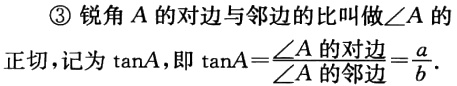
\textcircled{3} 锐角 \(A\) 的对边与邻边的比叫做\(\angle A\) 的正切，记为 \(\tan A\)，即 \(\tan A = \frac{\angle A \text{ 的对边}}{\angle A \text{ 的邻边}}=\frac{a}{b}\).